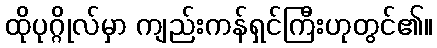
ထိုပုဂ္ဂိုလ်မှာ ကျည်းကန်ရှင်ကြီးဟုတွင်၏။